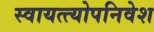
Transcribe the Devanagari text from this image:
स्वायत्त्योपनिवेश